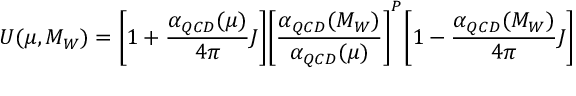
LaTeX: U ( \mu , M _ { W } ) = \Biggl \lbrack 1 + { \frac { \alpha _ { Q C D } ( \mu ) } { 4 \pi } } J \Biggl \rbrack \Biggl \lbrack { \frac { \alpha _ { Q C D } ( M _ { W } ) } { \alpha _ { Q C D } ( \mu ) } } \Biggl \rbrack ^ { P } \Biggl \lbrack 1 - { \frac { \alpha _ { Q C D } ( M _ { W } ) } { 4 \pi } } J \Biggl \rbrack